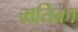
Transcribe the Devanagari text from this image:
म्रतिका